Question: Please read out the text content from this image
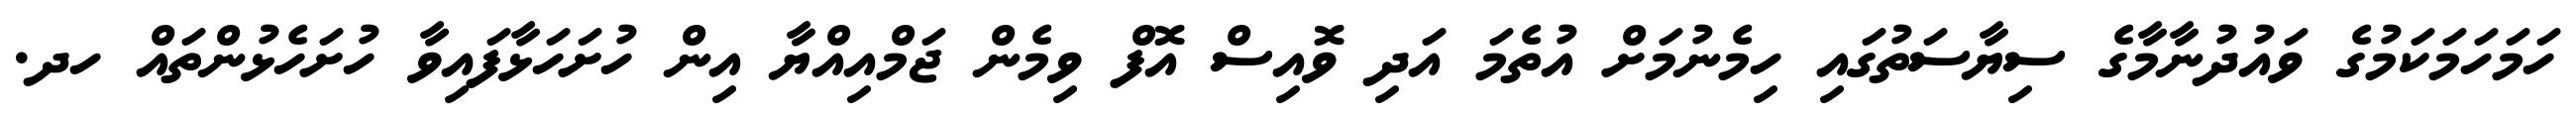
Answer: ހަމަހަމަކަމުގެ ވައުދުނާމާގެ ސިޔާސަތުގައި ހިމެނުމަށް އުތެމަ އަދި ވޮއިސް އޮފް ވިމެން ޖަމްއިއްޔާ އިން ހުށަހަޅާފައިވާ ހުށަހެޅުންތައް ހދ.